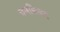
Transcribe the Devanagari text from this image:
चमबिअर